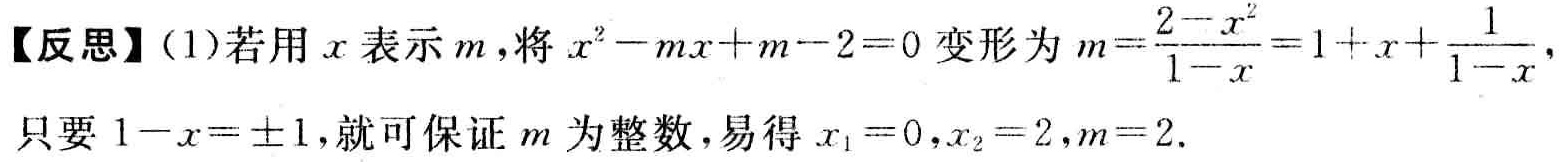
【反思】(1)若用\(x\)表示\(m\)，将\(x^{2}-mx + m - 2 = 0\)变形为\(m=\frac{2 - x^{2}}{1 - x}=1 + x+\frac{1}{1 - x}\)，只要\(1 - x=\pm1\)，就可保证\(m\)为整数，易得\(x_{1}=0,x_{2}=2,m = 2\)。